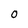
Character: 0